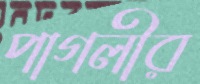
পাগলীর